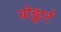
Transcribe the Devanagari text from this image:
बोड्डार्ट